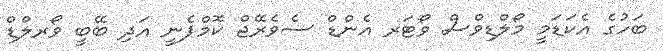
ބަހުގެ އެކަޑަމީ މޯލްޑިވްސް ވޯޓަރ އެންޑް ސެވެރޭޖް ކޮމްޕެނީ އަދި ބޭބީ ވޯރލްޑް